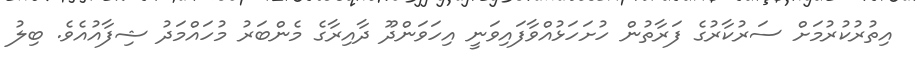
އިތުރުކުރުމަށް ސަރުކާރުގެ ފަރާތުން ހުށަހަޅުއްވާފައިވަނީ އިހަވަންދޫ ދާއިރާގެ މެންބަރު މުހައްމަދު ޝިފާއުއެވެ. ބިލު